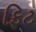
ફિટ